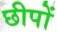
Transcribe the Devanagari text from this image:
छीपों